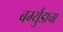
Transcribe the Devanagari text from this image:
बर्म्युडाचा